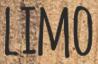
LIMO